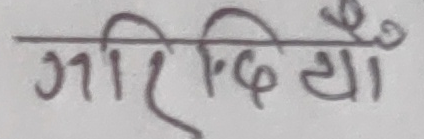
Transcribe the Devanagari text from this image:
गरिदिने यौँ